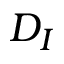
D _ { I }